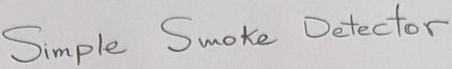
Text: Simple Smoke Detector